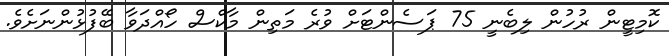
ކޮމިޓީން ރުހުން ލިބެނީ 75 ޕަސެންޓަށް ވުރެ މަތިން މާކްސް ހޯއްދަވާ ބޭފުޅުންނަށެވެ.